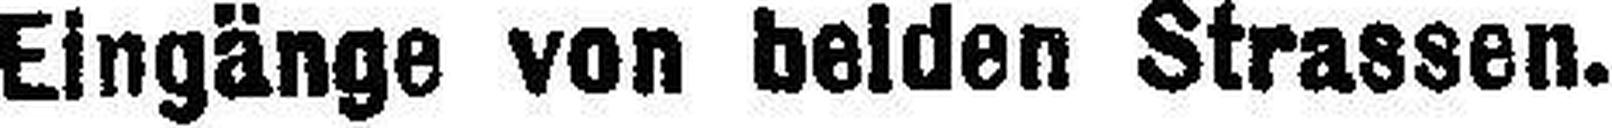
Eingänge von beiden Strassen.